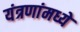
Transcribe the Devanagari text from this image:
यंत्रणांमध्ये